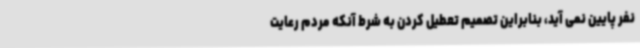
نفر پایین نمی آید، بنابراین تصمیم تعطیل کردن به شرط آنکه مردم رعایت